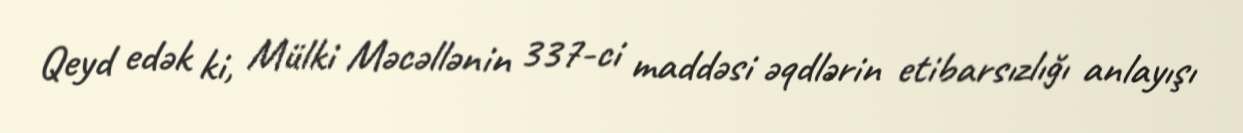
Qeyd edək ki, Mülki Məcəllənin 337-ci maddəsi əqdlərin etibarsızlığı anlayışı